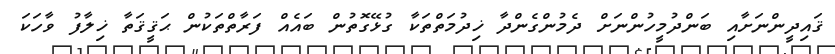
ޤައިދީންނަށާއި ބަންދުމީހުންނަށް ދެމުންގެންދާ ޚިދުމަތްތަކާ ގުޅޭގޮތުން ބައެއް ފަރާތްތަކުން ޙަޤީޤަތާ ޚިލާފު ވާހަކަ